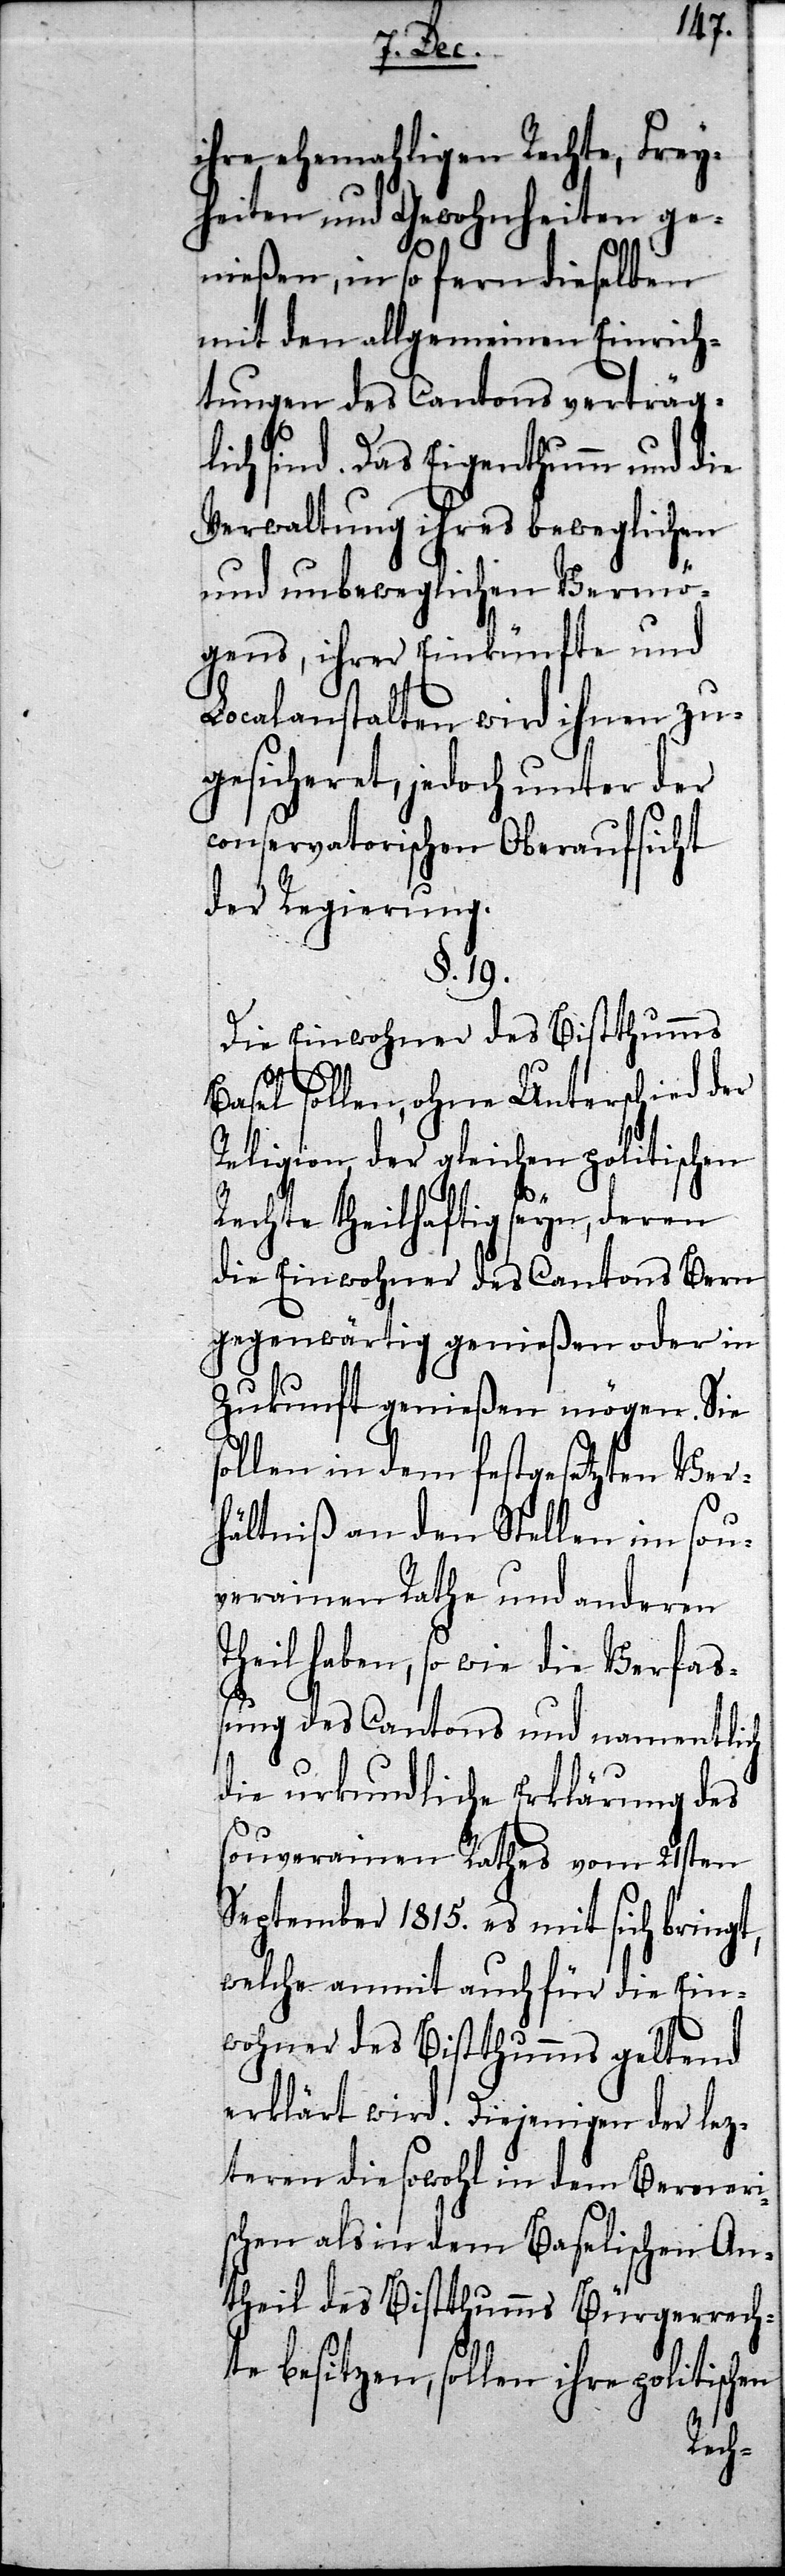
t,
ihre ehemahligen Rechte, Frey¬
heiten und Gewohnheiten ge¬
nießen, in so fern dieselben
mit den allgemeinen Einrich¬
tungen des Cantons verträg¬
lich sind. Das Eigenthumm und die
Verwaltung ihres beweglichen
und unbeweglichen Vermö¬
gens, ihrer Einkünfte und
Localanstalten wird ihnen zu¬
gesicheret, jedoch unter der
conservatorischen Oberaufsicht
der Regierung.
§. 19.
Die Einwohner des Bistthumms
Basel sollen, ohne Unterschied der
Religion, der gleichen politischen
Rechte theilhaftig seyn, deren
die Einwohner des Cantons Bern
gegenwärtig genießen oder in
Zukunft genießen mögen. Sie
sollen in dem festgesetzten Ver¬
hältniß an den Stellen im sou¬
verainen Rathe und anderen
Theil haben, so wie die Verfaß¬
ung des Cantons und namentlich
die urkundliche Erklärung des
souverainen Rathes vom 21sten
September 1815. es mit sich bring¬
welche anmit auch für die Ein¬
wohner des Bistthumms geltend
erklärt wird. Diejenigen der lez¬
teren die sowohl in dem Berneri¬
schen als in dem Baselischen An¬
theil des Bistthumms Bürgerrech¬
te besitzen, sollen ihre politischen